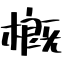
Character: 槪